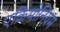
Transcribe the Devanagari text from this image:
एक्रिमोनियम